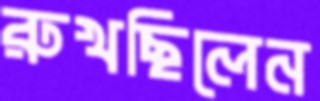
রুখছিলেন